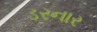
ડરનાર